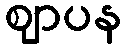
ဈာပန